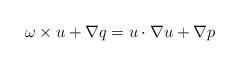
LaTeX: \begin{align*}\omega\times u +\nabla q= u\cdot\nabla u +\nabla p\end{align*}